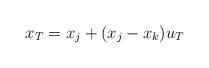
LaTeX: \begin{align*}x_T = x_j+(x_j-x_k)u_T\end{align*}